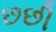
છછી